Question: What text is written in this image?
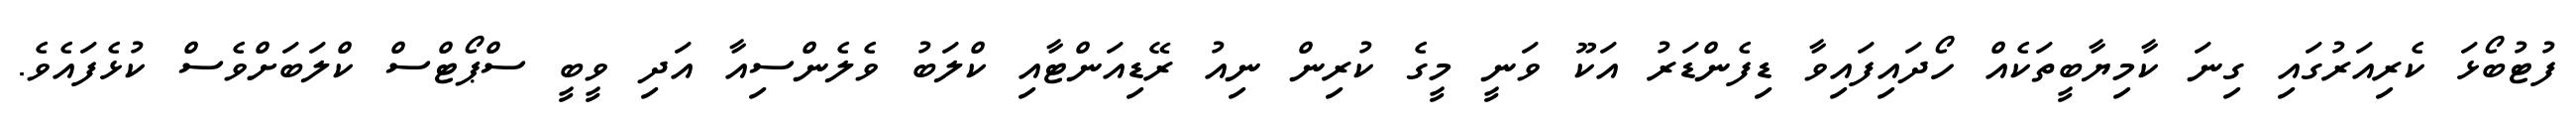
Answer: ފުޓުބޯޅަ ކެރިއަރުގައި ގިނަ ކާމިޔާބީތަކެއް ހޯދައިފައިވާ ޑިފެންޑަރު އަކޫ ވަނީ މީގެ ކުރިން ނިއު ރޭޑިއަންޓާއި ކްލަބު ވެލެންސިއާ އަދި ވީބީ ސްޕޯޓްސް ކްލަބަށްވެސް ކުޅެފައެވެ.